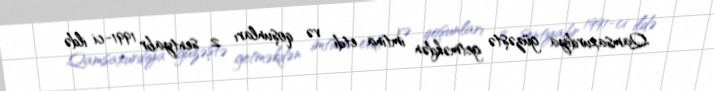
Qamsaxurdiya güzəştə getməkdən imtina etdi və qoşunları 2 sentyabr 1991-ci ildə